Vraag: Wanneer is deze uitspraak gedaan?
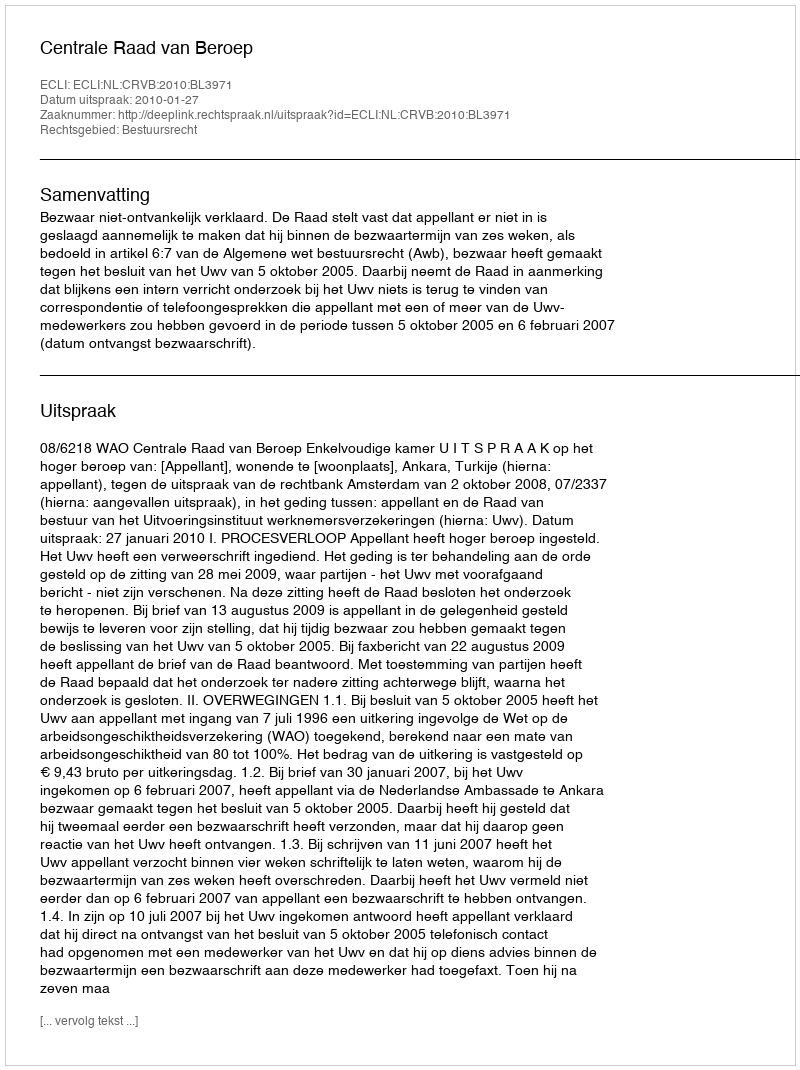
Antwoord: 2010-01-27